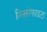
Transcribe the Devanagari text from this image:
मिक्सोफाइटा